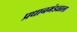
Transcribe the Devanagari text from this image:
प्रधानमंडळाला